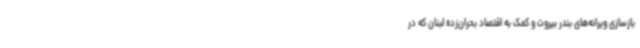
بازسازی ویرانه‌های بندر بیروت و کمک به اقتصاد بحران‌زده لبنان که در